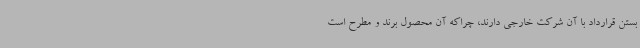
بستن قرارداد با آن شرکت خارجی دارند، چراکه آن محصول برند و مطرح است